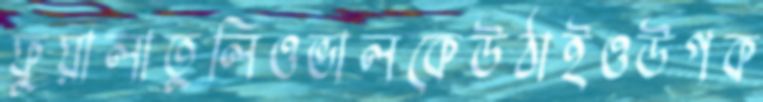
ফুয়ালাতুলিওভালকেউঠাইওউপক